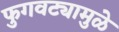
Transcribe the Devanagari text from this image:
फुगवट्यामुळे